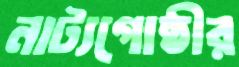
নাট্যগোষ্ঠীর